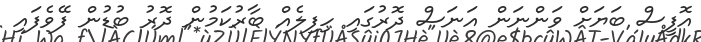
އޮފީސް ބަޔަށް ވަންނަން އަނަސް ދޮރުގައި ހިފިލެއް ބާރުކަމުން ދޮރު ބުޑުން ފޭވެފައި